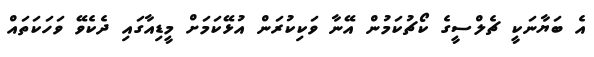
އެ ބަޔާނަކީ ޗެލްސީގެ ކޯޗުކަމުން އޭނާ ވަކިކުރަން އުޅޭކަމަށް މީޑިއާގައި ދެކެވޭ ވަހަކަތައް